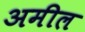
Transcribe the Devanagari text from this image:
अमील